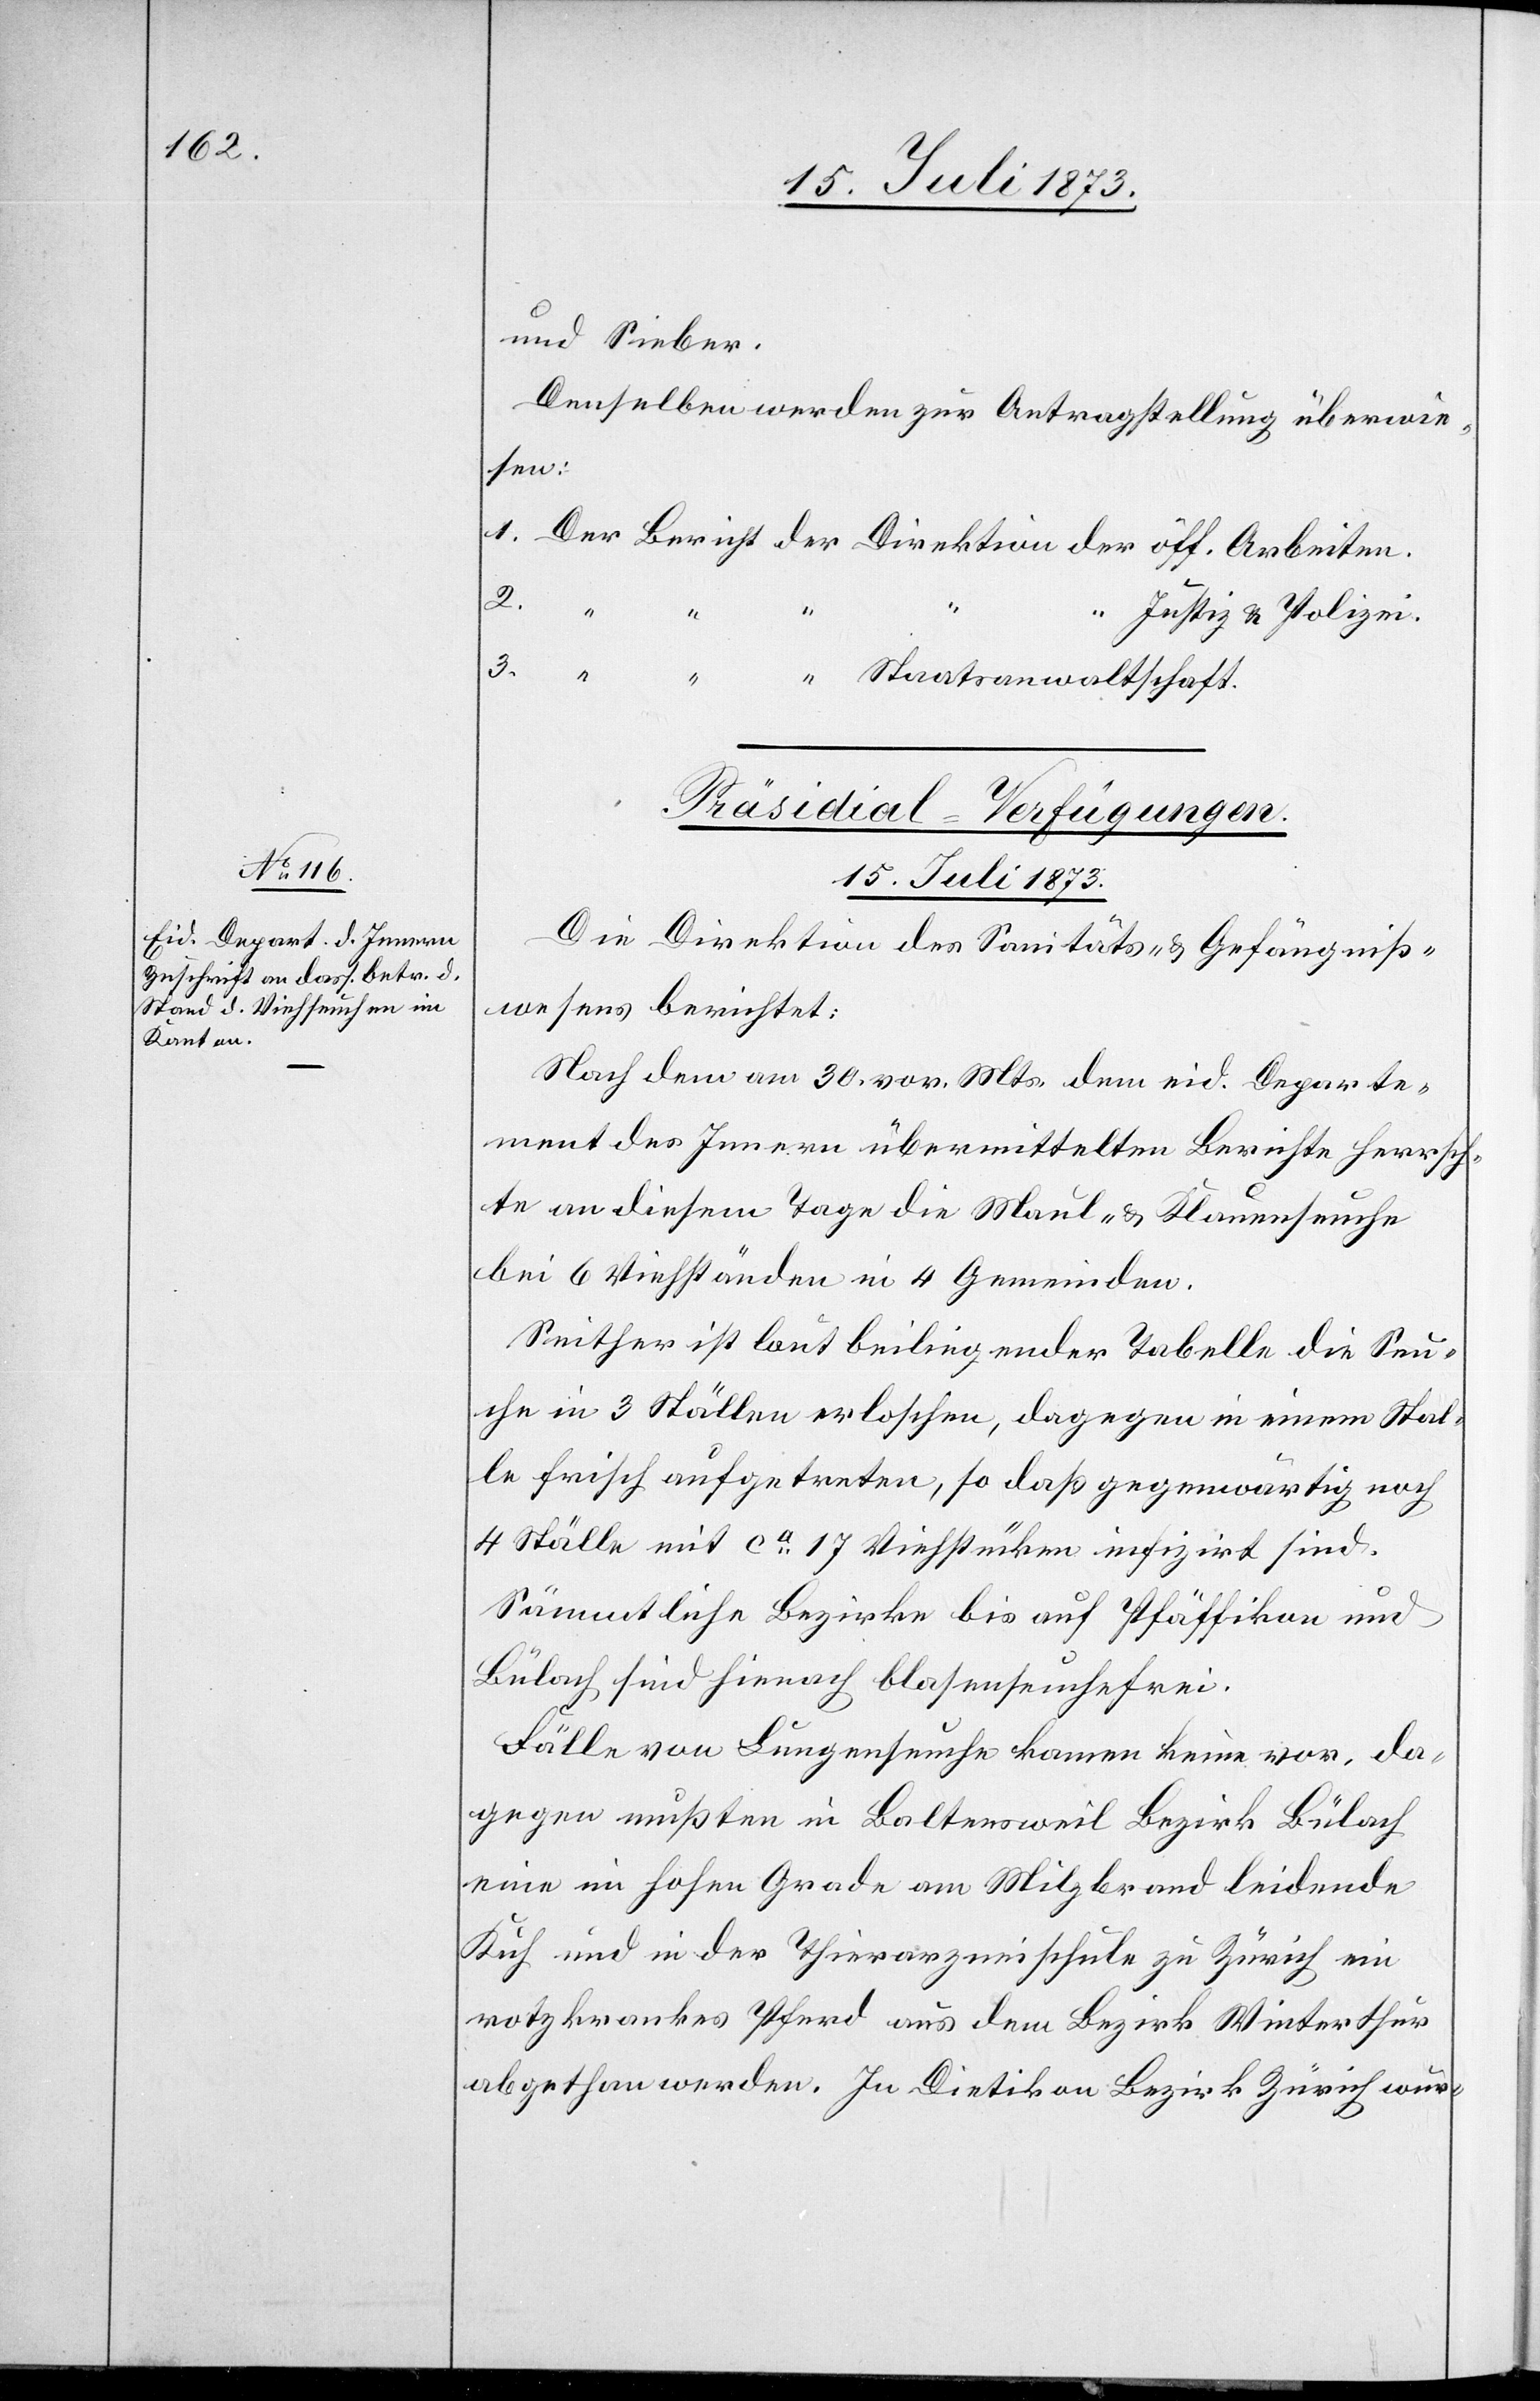
und Sieber.
Denselben werden zur Antragstellung überwie¬
sen:
3.
waltschaft.
2.
Justiz & Polizei.
Präsidial-Verfügungen.
15. Juli 1873.
Die Direktion des Sanitäts- & Gefängniß¬
wesens berichtet:
Nach dem am 30. vor. Mts. dem eid. Departe¬
ment des Innern übermittelten Berichte herrsch¬
te an diesem Tage die Maul- & Klauenseuche
bei 6 Viehständen in 4 Gemeinden.
Seither ist laut beiliegender Tabelle die Seu¬
che in 3 Ställen erloschen, dagegen in einem Stal¬
le frisch aufgetreten, so daß gegenwärtig noch
4 Ställe mit ca 17 Viehstücken infizirt sind.
Sämmtliche Bezirke bis auf Pfäffikon und
Bülach sind hienach blasenseuchefrei.
Fälle von Lungenseuche kamen keine vor, da¬
gegen mußten in Baltensweil Bezirk Bülach
eine im hohen Grade am Milzbrand leidende
Kuh und in der Thierarzneischule zu Zürich ein
rotzkrankes Pferd aus dem Bezirk Winterthur
abgethan werden. In Dietikon Bezirk Zürich wur-